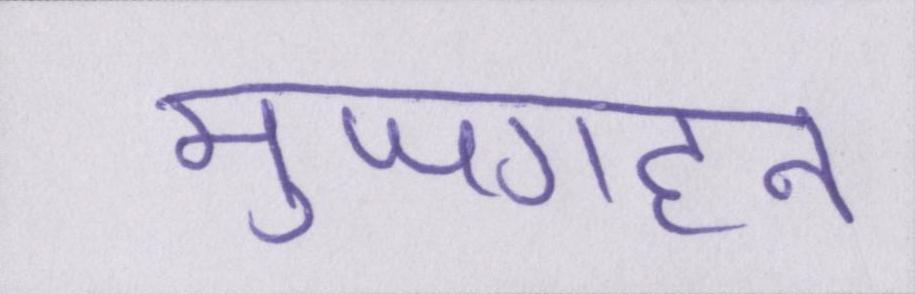
मुजगहन